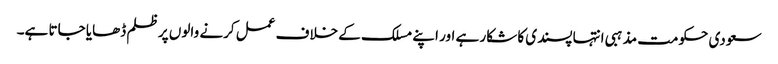
سعودی حکومت مذہبی انتہا پسندی کا شکار ہے اور اپنے مسلک کے خلاف عمل کرنے والوں پر ظلم ڈھایا جاتا ہے۔